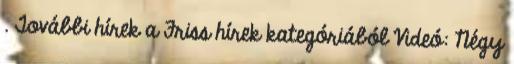
. További hírek a Friss hírek kategóriából Videó: Négy